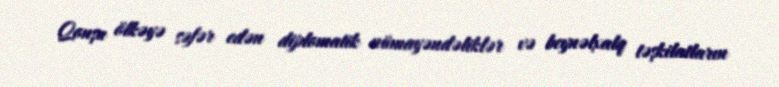
Qonşu ölkəyə səfər edən diplomatik nümayəndəliklər və beynəlxalq təşkilatların